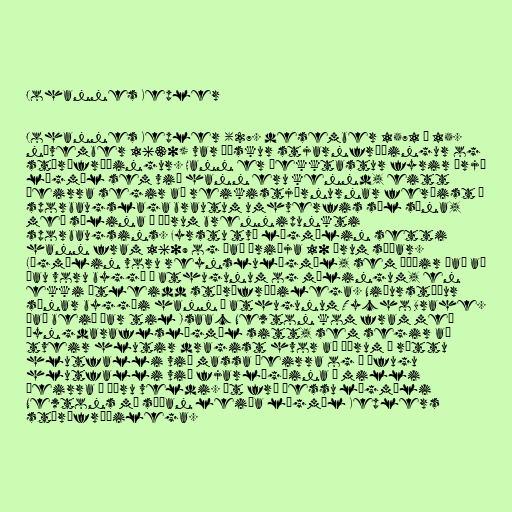
Johannes Kepler

Johannes Kepler (27. desember 1571 – 15.
nóvember 1630) var þýskur stjarnfræðingur og
stærðfræðingur. Hann er þekktastur fyrir þrjú
lögmál sem við hann eru kennd, eitt
þeirra segir að reikistjörnurnar ferðist á
sporbaugslaga brautum umhverfis sól sína,
með sólina í öðrum brennipunkti
sporbaugsins. Fyrstu tvö lögmálin setti
hann fram 1609 og það þriðja 10 árum síðar.
Lögmálin voru reynslulögmál, sem þýðir það að
þau voru byggð á athugunum og mælingum, en
ekki útleidd stærðfræðilega. Niðurstöður
sínar byggði hann á athugunum Tycho Brahe.
Það beið þar til Isaac Newton kom fram með
þyngdaraflslögmál sitt, sem segir að
tveir hlutir dragist hvor að öðrum í réttu
hlutfalli við massa þeirra og í öfugu
hlutfalli við fjarlægðina á milli
þeirra í öðru veldi. Út frá þessu lögmáli
Newtons má síðan leiða lögmál Keplers
stærðfræðilega.